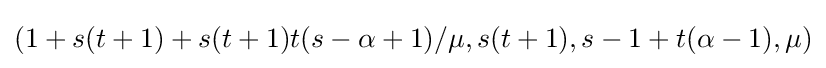
(1+s(t+1)+s(t+1)t(s-\alpha +1)/\mu ,s(t+1),s-1+t(\alpha -1),\mu )